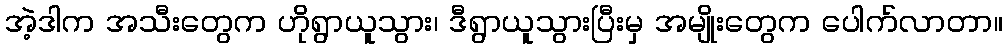
အဲ့ဒါက အသီးတွေက ဟိုရွာယူသွား၊ ဒီရွာယူသွားပြီးမှ အမျိုးတွေက ပေါက်လာတာ။